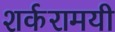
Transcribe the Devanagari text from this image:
शर्करामयी